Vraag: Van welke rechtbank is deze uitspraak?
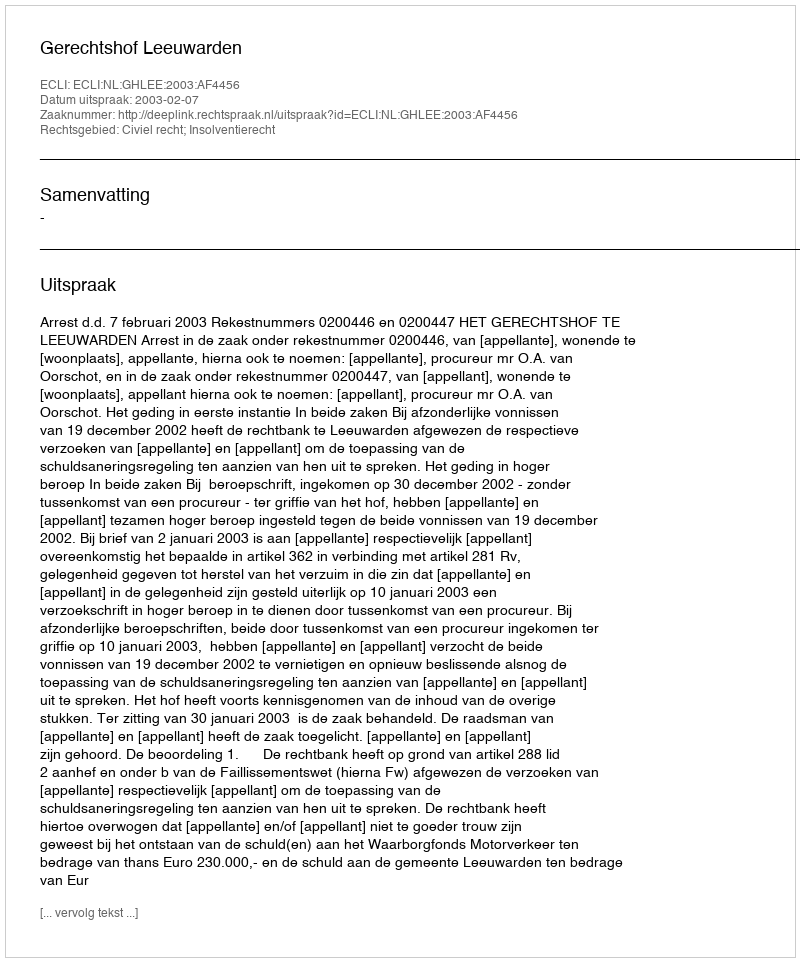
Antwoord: Gerechtshof Leeuwarden